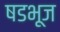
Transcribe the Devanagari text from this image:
षडभूज